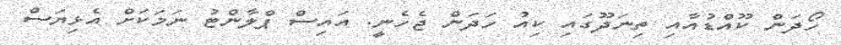
ހޯދަން ކޫއްޑުއާއި ތިނަދޫގައި ކިއު ހަދަން ޖެހެނީ. އައިސް ޕްލާންޓު ނަމަކަށް އެޅިޔަސް